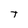
Character: T